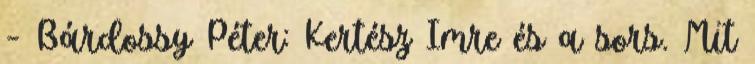
– Bárdossy Péter: Kertész Imre és a sors. Mit